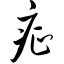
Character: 疟